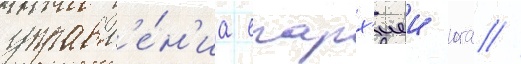
управл'е́н'иа епарх'иеи юга //